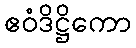
ဧဝံဒိဋ္ဌိကော